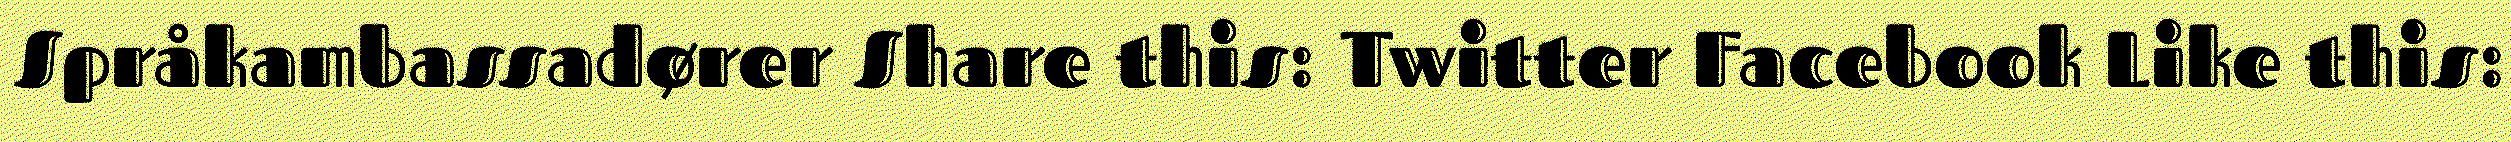
Språkambassadører Share this: Twitter Facebook Like this: